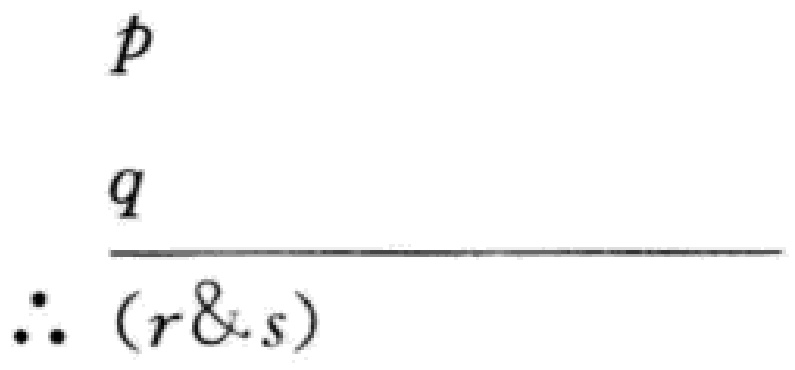
\[
\begin{array}{c}
p\\
q\\
\hline
\therefore (r\&s)
\end{array}
\]